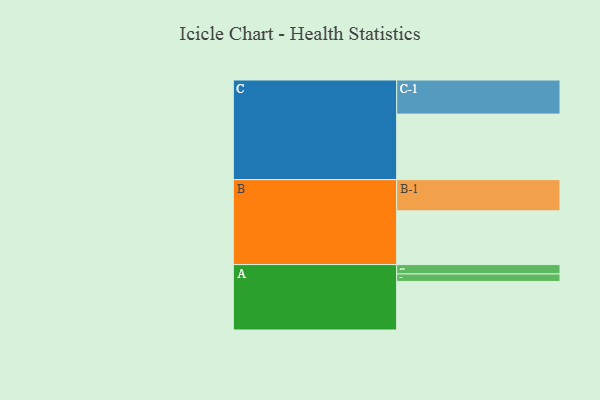
{"axis": {"x": "Segment", "y": "Value"}, "legend": ["", "A", "B", "C"], "data": [{"x": "A", "y": 403, "type": ""}, {"x": "B", "y": 446, "type": ""}, {"x": "C", "y": 544, "type": ""}, {"x": "A-1", "y": 78, "type": "A"}, {"x": "A-2", "y": 62, "type": "A"}, {"x": "B-1", "y": 259, "type": "B"}, {"x": "C-1", "y": 283, "type": "C"}]}